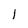
Character: l